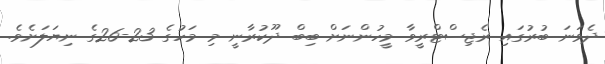
ދެވަނަ ބުރުގައި ރެޖިސްޓްރީވާ މީހުންނަށް ބިބް ދޫކުރާނީ މި މަހުގެ 23-26ގެ ނިޔަލަށެވެ.